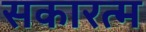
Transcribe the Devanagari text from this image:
सकारत्म